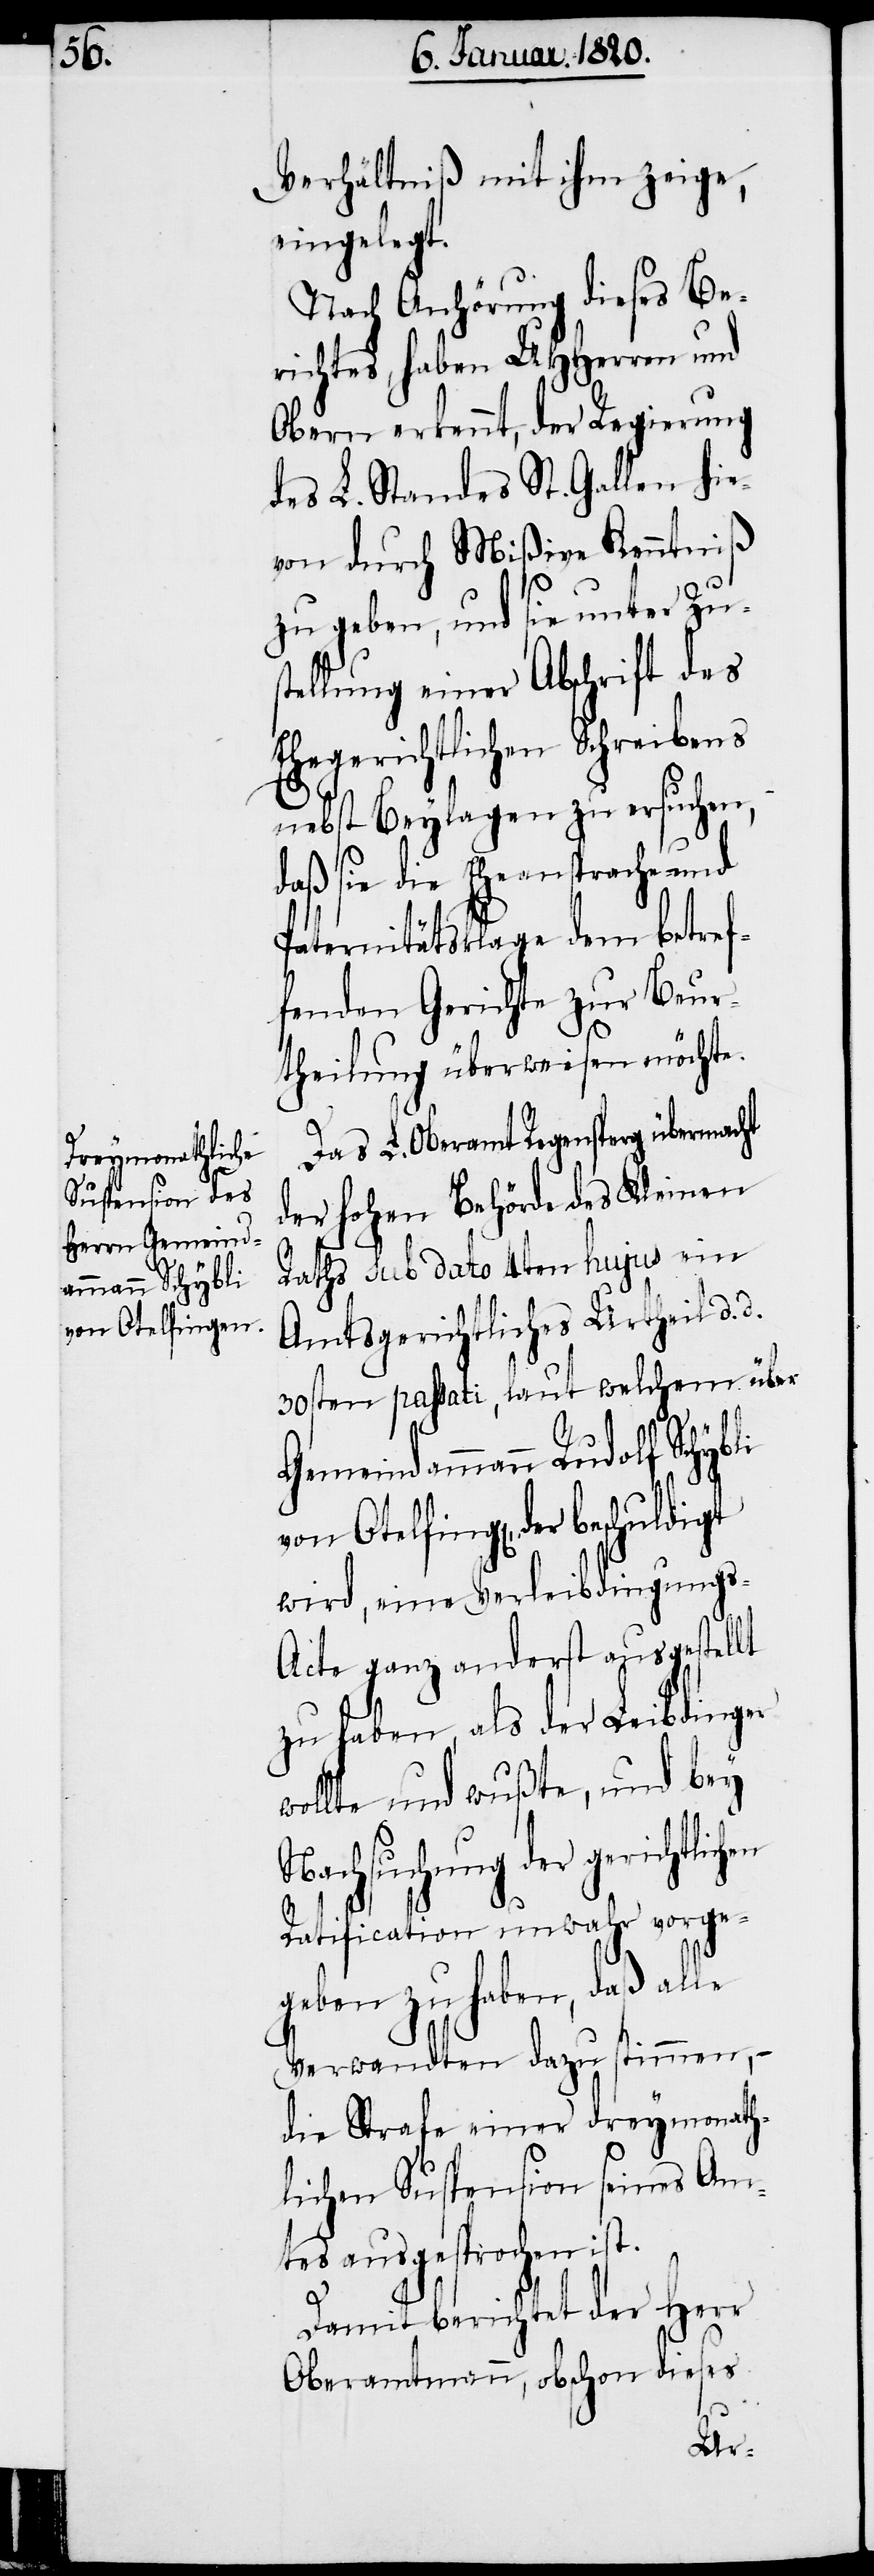
f Schybli
von Otelfing[en],

Verhältniß mit ihm zeige,
eingelegt.
Nach Anhörung dieses Be¬
richtes, haben UHHerren und
Obern erkennt, der Regierung
des L. Standes St. Gallen hie¬
von durch Mißive Kenntniß
zu geben, und sie unter Zus¬
tellung einer Abschrift des
Ehegerichtlichen Schreibens
nebst Beylagen zu ersuchen,
daß sie die Eheansprache- und
Paternitätsklage dem betref¬
fenden Gerichte zur Beur¬
theilung überweisen möchte.
Das L. Oberamt Regensperg übermacht
der hohen Behörde des Kleinen
Raths sub dato 4ten hujus ein
Amtsgerichtliches Urtheil d.
30sten passati, laut welchem über
Gemeindammann Rudol¬
wird, eine Verleibdingung¬
s-Acte ganz anderst ausgestellt
zu haben, als der Leibdinger
wollte und wußte, und bey
Nachsuchung der gerichtlich¬
Ratification unwahr vorge¬
geben zu haben, daß alle
Verwandten dazu stimmen, −
die Strafe einer dreymonath¬
lichen Suspension seines Am¬
tes ausgesprochen ist.
Damit berichtet der Herr
Oberamtmann, obschon dieses
en